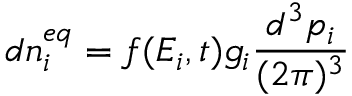
d n _ { i } ^ { e q } = f ( E _ { i } , t ) g _ { i } { \frac { d ^ { 3 } p _ { i } } { ( 2 \pi ) ^ { 3 } } }